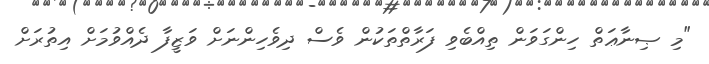
"މި ޞިނާޢަތް ހިންގަވަން ތިއްބެވި ފަރާތްތަކުން ވެސް ދިވެހިންނަށް ވަޒީފާ ދެއްވުމަށް އިތުރަށް